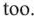
too.